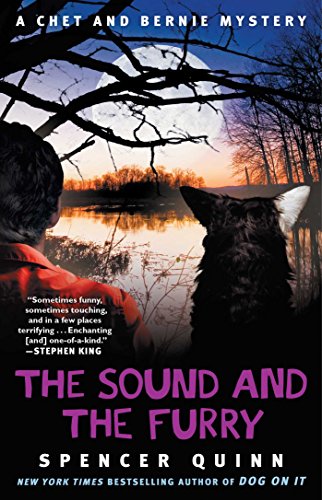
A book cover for The Sound and the Furry: A Chet and Bernie Mystery (The Chet and Bernie Mystery Series); Spencer Quinn; Mystery, Thriller & Suspense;